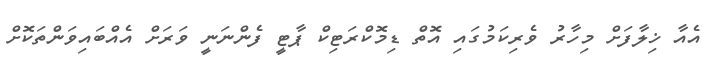
އެއާ ޚިލާފަށް މިހާރު ވެރިކަމުގައި އޮތް ޑިމޮކްރަޓިކް ޕާޓީ ފެންނަނީ ވަރަށް އެއްބައިވަންތަކޮށް